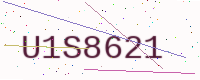
Text: U1S8621